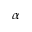
\alpha